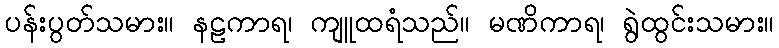
ပန်းပွတ်သမား။ နဠကာရ၊ ကျူထရံသည်။ မဏိကာရ၊ ရွဲထွင်းသမား။